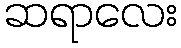
ဆရာလေး